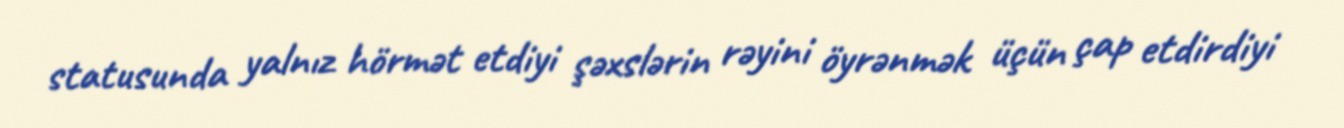
statusunda yalnız hörmət etdiyi şəxslərin rəyini öyrənmək üçün çap etdirdiyi